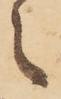
之